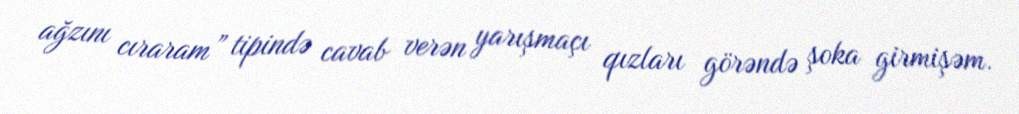
ağzını cıraram” tipində cavab verən yarışmaçı qızları görəndə şoka girmişəm.